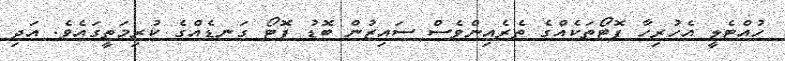
ހުއްޓެލީ އެހުރިހާ ފޮޓޯތަކެއްގެ ތެރެއިންވެސް ސައިޒުން ބޮޑު ފޮޓޯ ގަނޑެއްގެ ކުރިމަތީގައެވެ. އަދި